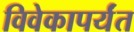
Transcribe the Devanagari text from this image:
विवेकापर्यंत